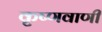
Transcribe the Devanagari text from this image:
कृष्णवाणी